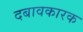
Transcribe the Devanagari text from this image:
दबावकारक